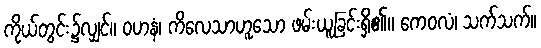
ကိုယ်တွင်း၌လျှင်။ ဝဟနံ၊ ကိလေသာဟူသော ဖမ်းယူခြင်းရှိ၏။ ကေဝလံ၊ သက်သက်။